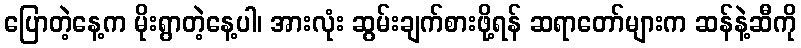
ပြောတဲ့နေ့က မိုးရွာတဲ့နေ့ပါ၊ အားလုံး ဆွမ်းချက်စားဖို့ရန် ဆရာတော်များက ဆန်နဲ့ဆီကို